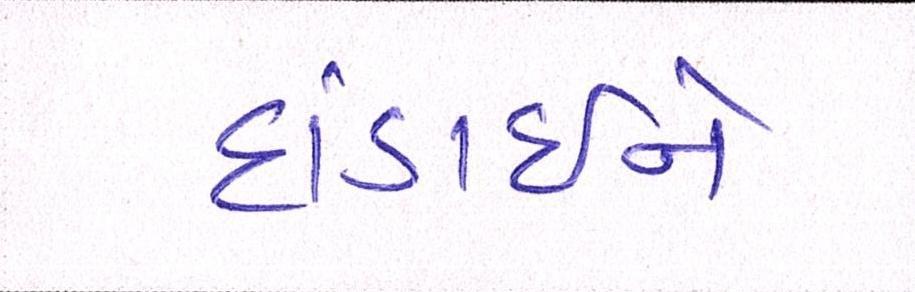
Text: દાંડાઈને